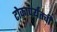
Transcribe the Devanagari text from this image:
टोकापर्यंतची